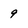
Character: 9